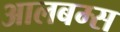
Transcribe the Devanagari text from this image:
आलबम्स